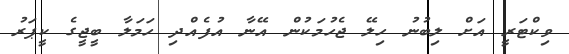
ވިކްޓަރީ އަށް ލިބުނު ހިލޭ ޖެހުމަކުން އޭނާ އުފެއްދި ހަމަލާ ބީޖީގެ ކީޕަރު